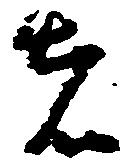
者